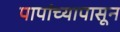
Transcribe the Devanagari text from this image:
पापांच्यापासून